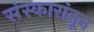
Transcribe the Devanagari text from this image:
संस्कारांतून